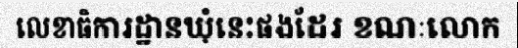
លេខាធិការដ្ឋានឃុំនេះផងដែរ ខណៈលោក